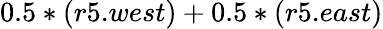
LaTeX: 0.5*(r5.west)+0.5*(r5.east)